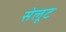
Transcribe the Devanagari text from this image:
सेलूट